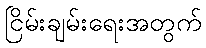
ငြိမ်းချမ်းရေးအတွက်